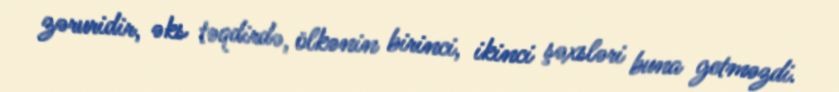
zəruridir, əks təqdirdə, ölkənin birinci, ikinci şəxsləri buna getməzdi.